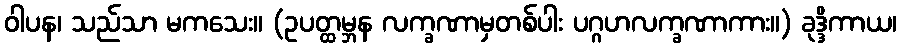
ဝါပန၊ သည်သာ မကသေး။ (ဥပတ္ထမ္ဘန လက္ခဏာမှတစ်ပါး ပဂ္ဂဟလက္ခဏာကား။) ခုဒ္ဒိကာယ၊